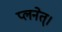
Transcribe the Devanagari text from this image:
प्लनेत्।